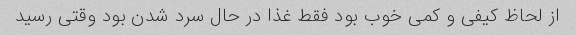
از لحاظ کیفی و کمی خوب بود فقط غذا در حال سرد شدن بود وقتی رسید